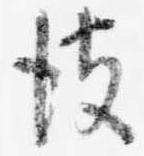
彼